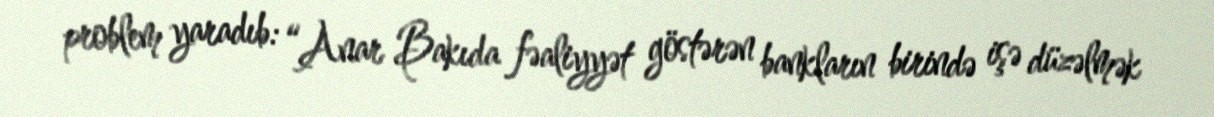
problem yaradıb: “Anar Bakıda fəaliyyət göstərən bankların birində işə düzəlmək